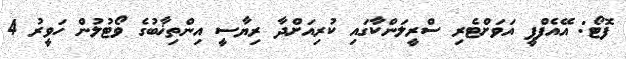
ފޮޓޯ: އޭއެފްޕީ އަވަށްޓެރި ސްރީލަންކާގައި ކުރިއަށްދާ ރިޔާސީ އިންތިޚާބުގެ ވޯޓުލުން ހަވީރު 4